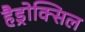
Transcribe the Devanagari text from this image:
हैड्रोक्सिल